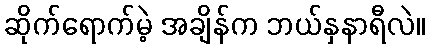
ဆိုက်ရောက်မဲ့ အချိန်က ဘယ်နှနာရီလဲ။